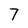
Character: 7